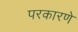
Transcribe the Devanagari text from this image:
परकारणे